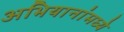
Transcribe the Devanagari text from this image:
अभियानांमध्ये